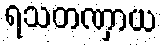
ရသတဏှာယ